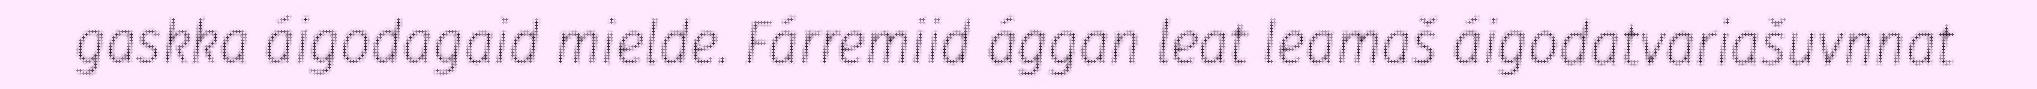
gaskka áigodagaid mielde. Fárremiid ággan leat leamaš áigodatvariašuvnnat